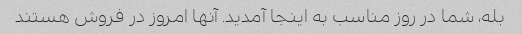
بله، شما در روز مناسب به اینجا آمدید. آنها امروز در فروش هستند